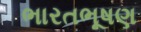
ભારતભૂષણ